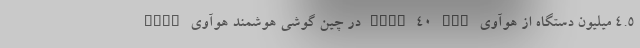
4.5 میلیون دستگاه از هوآوی Mate 40 Pro در چین گوشی هوشمند هوآوی Mate